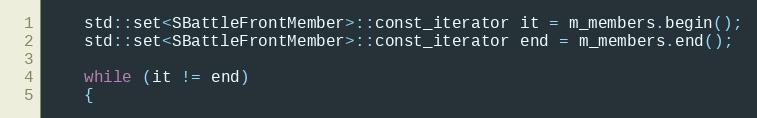
Language: C++
	std::set<SBattleFrontMember>::const_iterator it = m_members.begin();
	std::set<SBattleFrontMember>::const_iterator end = m_members.end();

	while (it != end)
	{